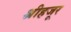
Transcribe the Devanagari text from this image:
श्रीहजूर